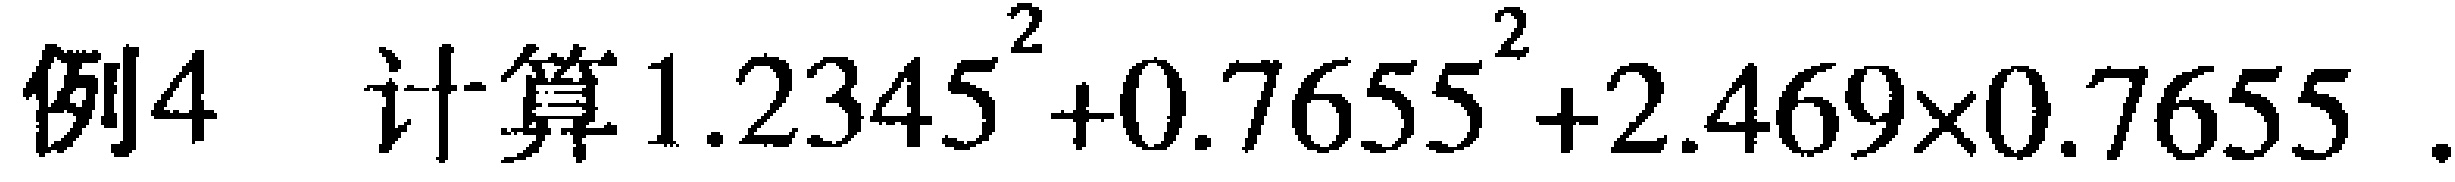
例4 计算$1.2345^{2}+0.7655^{2}+2.469\times0.7655$ 。